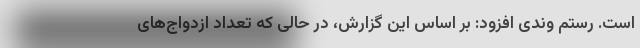
است. رستم وندی افزود: بر اساس این گزارش، در حالی که تعداد ازدواج‌های